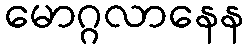
မောဂ္ဂလာနေန